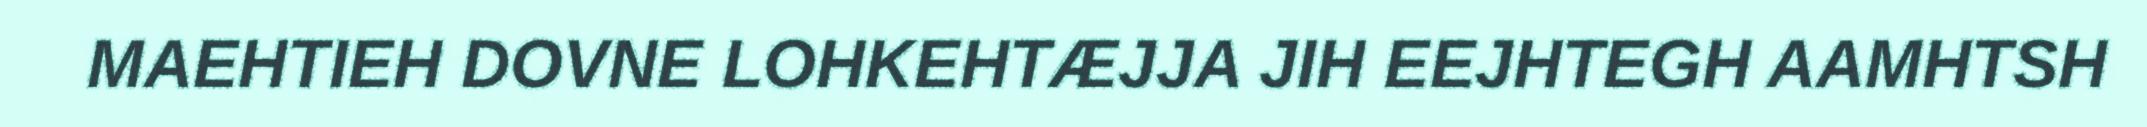
MAEHTIEH DOVNE LOHKEHTÆJJA JIH EEJHTEGH AAMHTSH